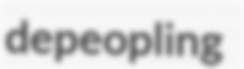
depeopling